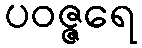
ပဝဇ္ဇရေ